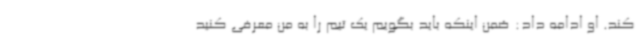
کند. او ادامه داد: ضمن اینکه باید بگویم یک تیم را به من معرفی کنید